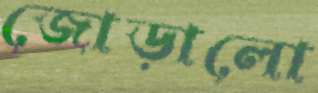
জোড়ালো